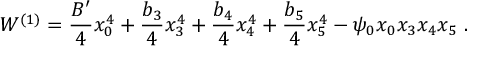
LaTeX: W ^ { ( 1 ) } = \frac { B ^ { \prime } } { 4 } x _ { 0 } ^ { 4 } + \frac { b _ { 3 } } { 4 } x _ { 3 } ^ { 4 } + \frac { b _ { 4 } } { 4 } x _ { 4 } ^ { 4 } + \frac { b _ { 5 } } { 4 } x _ { 5 } ^ { 4 } - \psi _ { 0 } x _ { 0 } x _ { 3 } x _ { 4 } x _ { 5 } \ .